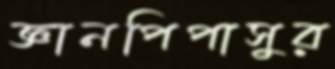
জ্ঞানপিপাসুর